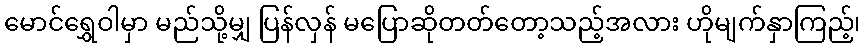
မောင်ရွှေဝါမှာ မည်သို့မျှ ပြန်လှန် မပြောဆိုတတ်တော့သည့်အလား ဟိုမျက်နှာကြည့်၊